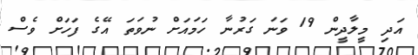
އަދި މީލާދީން 19 ވަނަ ގަރުނާ ހަމައަށް ނުވަތަ އޭގެ ފަހަށް ވެސް